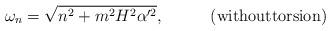
LaTeX: \begin{align*}\omega_n=\sqrt{n^2 + m^2H^2\alpha'^2},\;\;\;\;\;\;\;\;\;\;\mbox{(withouttorsion)}\end{align*}